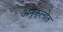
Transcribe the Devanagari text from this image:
अनुकूलोत